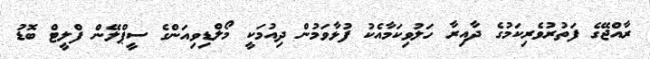
ރާއްޖޭގެ ފަތުރުވެރިކަމުގެ ދާއިރާ ހަލުވިކަމާއެކު ފުޅާވަމުން ދިއުމަކީ މޯލްޑިވިއަންގެ ސީޕްލޭން ފްލީޓް ބޮޑު